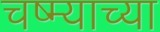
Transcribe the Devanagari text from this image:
चष्म्याच्या